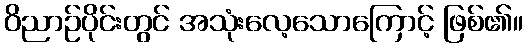
ဝိညာဉ်ပိုင်းတွင် အသုံးလေ့သောကြောင့် ဖြစ်၏။